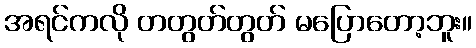
အရင်ကလို တတွတ်တွတ် မပြောတော့ဘူး။